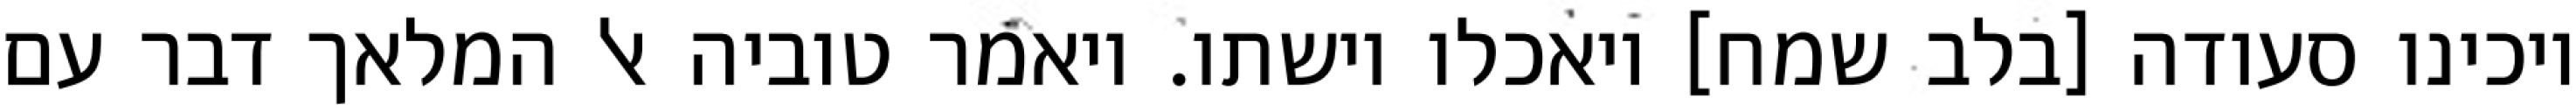
ויכינו סעודה [בלב שמח] ויאכלו וישתו. ויאמר טוביה אל המלאך דבר עם